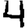
Digit: 4